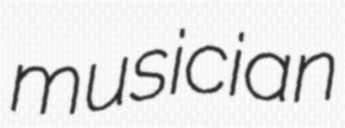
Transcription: musician